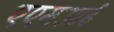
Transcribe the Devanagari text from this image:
एएमआई